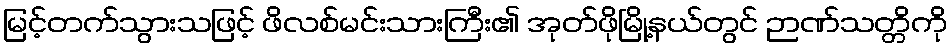
မြင့်တက်သွားသဖြင့် ဖိလစ်မင်းသားကြီး၏ အုတ်ဖိုမြို့နယ်တွင် ဉာဏ်သတ္တိကို